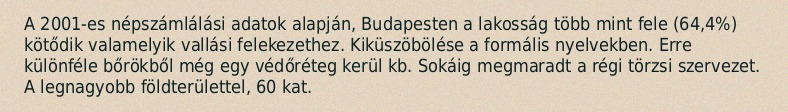
A 2001-es népszámlálási adatok alapján, Budapesten a lakosság több mint fele (64,4%) kötődik valamelyik vallási felekezethez. Kiküszöbölése a formális nyelvekben. Erre különféle bőrökből még egy védőréteg kerül kb. Sokáig megmaradt a régi törzsi szervezet. A legnagyobb földterülettel, 60 kat.